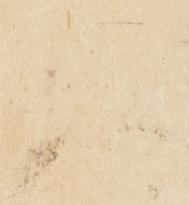
人